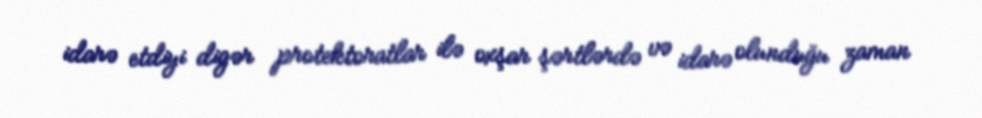
idarə etdiyi digər protektoratlar ilə oxşar şərtlərdə və idarə olunduğu zaman